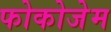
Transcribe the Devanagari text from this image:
फोकोजेम